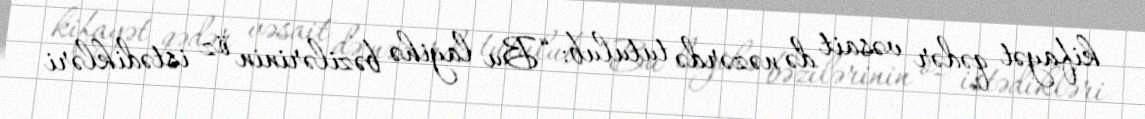
kifayət qədər vəsait də nəzərdə tutulub: “Bu layihə bəzilərinin öz istədikləri